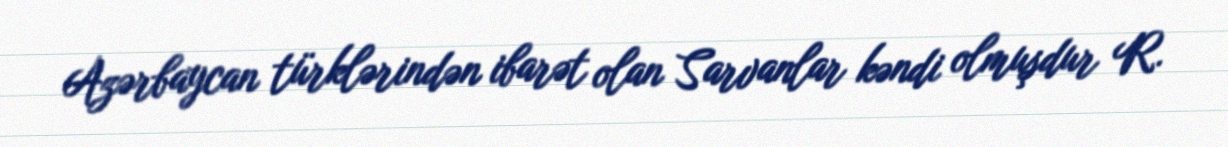
Azərbaycan türklərindən ibarət olan Sarvanlar kəndi olmuşdur R.